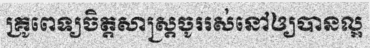
គ្រូពេទ្យចិត្តសាស្ត្រចូររស់នៅឲ្យបានល្អ